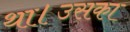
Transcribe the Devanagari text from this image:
था।उसका